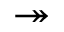
\twoheadrightarrow